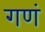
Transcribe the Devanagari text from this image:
गणं